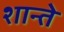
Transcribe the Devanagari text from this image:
शान्ते